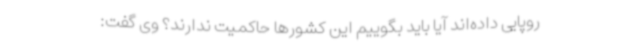
روپایی داده‌اند آیا باید بگوییم این کشورها حاکمیت ندارند؟ وی گفت: